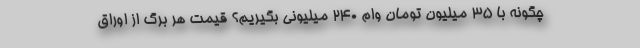
چگونه با ۳۵ میلیون تومان وام ۲۴۰ میلیونی بگیریم؟ قیمت هر برگ از اوراق